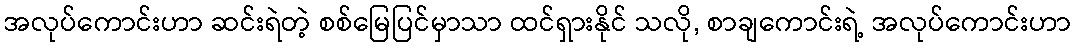
အလုပ်ကောင်းဟာ ဆင်းရဲတဲ့ စစ်မြေပြင်မှာသာ ထင်ရှားနိုင် သလို, စာချကောင်းရဲ့ အလုပ်ကောင်းဟာ